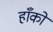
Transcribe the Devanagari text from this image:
हाँकों